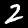
Label: 2